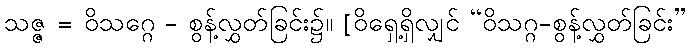
သဇ္ဇ = ဝိသဂ္ဂေ - စွန့်လွှတ်ခြင်း၌။ [ဝိရှေ့ရှိလျှင် “ဝိသဂ္ဂ-စွန့်လွှတ်ခြင်း”